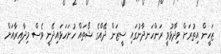
ޒަހީން އިތުރަށް ވިދާޅުވީ ރަންހަނދާނުގައި ސީޒަން ދޭއްގެ ޝޯތައް ހުށަހަޅައިދޭނީ ވެސް މިދާއިރާއަށް